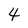
Character: 4